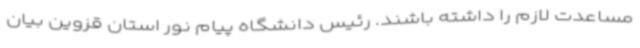
مساعدت لازم را داشته باشند. رئیس دانشگاه پیام نور استان قزوین بیان